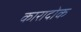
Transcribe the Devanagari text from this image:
कारादोक